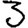
Digit: 3